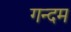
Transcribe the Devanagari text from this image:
गन्दम